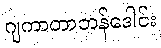
ဂျကာတာဘန်ဒေါင်း